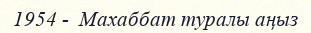
1954 -  Махаббат туралы аңыз